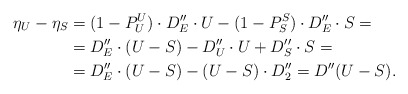
\begin{align*}\begin{aligned}\eta_U-\eta_S&=(1-P_U^U)\cdot D_E''\cdot U - (1-P_S^S)\cdot D_E''\cdot S=\\ &=D_E''\cdot(U-S)-D_U''\cdot U+D_S''\cdot S=\\ &=D_E''\cdot(U-S)-(U-S)\cdot D_2''=D''(U-S).\end{aligned}\end{align*}